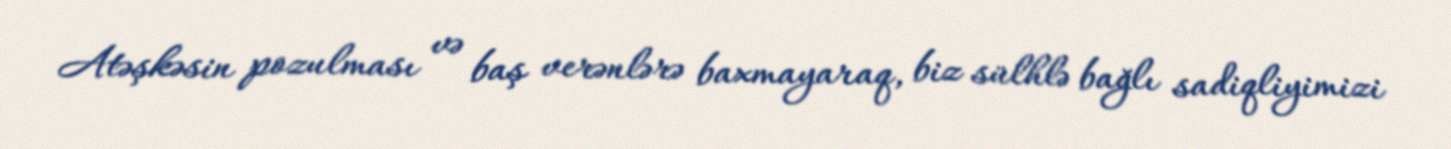
Atəşkəsin pozulması və baş verənlərə baxmayaraq, biz sülhlə bağlı sadiqliyimizi